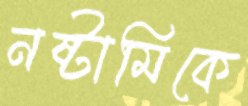
নষ্টামিকে